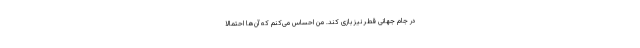
در جام جهانی قطر نیز بازی کند. من احساس می‌کنم که آن‌ها احتمالاً